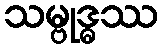
သမ္ဗုဒ္ဓဿ